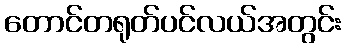
တောင်တရုတ်ပင်လယ်အတွင်း